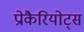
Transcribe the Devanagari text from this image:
प्रोकैरियोट्स